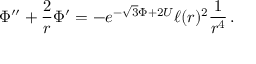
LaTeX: \Phi ^ { \prime \prime } + \frac { 2 } { r } \Phi ^ { \prime } = - e ^ { - \sqrt { 3 } \Phi + 2 U } \ell ( r ) ^ { 2 } \frac { 1 } { r ^ { 4 } } \, .